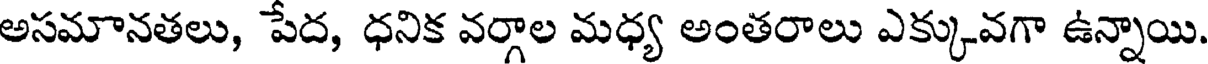
అసమానతలు, పేద, ధనిక వర్గాల మధ్య అంతరాలు ఎక్కువగా ఉన్నాయి.